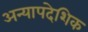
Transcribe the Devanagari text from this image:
अन्यापदेशिक